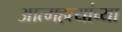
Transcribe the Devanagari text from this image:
आत्महत्यांच्या